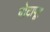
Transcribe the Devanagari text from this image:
वोटापूर